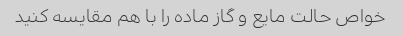
خواص حالت مایع و گاز ماده را با هم مقایسه کنید